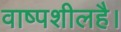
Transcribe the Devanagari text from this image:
वाष्पशीलहै।